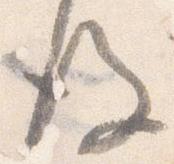
後